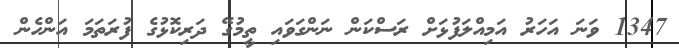
1347 ވަނަ އަހަރު އަމިއްލަފުޅަށް ރަސްކަން ނަންގަވައި ތީމުގޭ ދަރިކޮޅުގެ ފުރަތަމަ އަންހެން